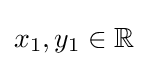
x_{1},y_{1}\in \mathbb {R}